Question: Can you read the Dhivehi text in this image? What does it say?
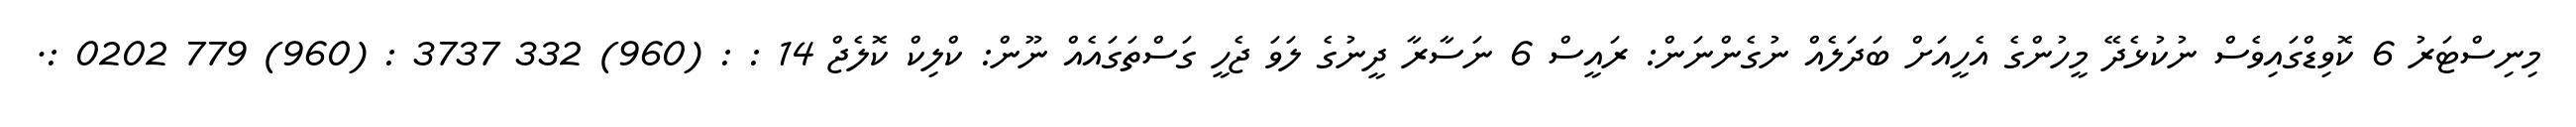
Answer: މިނިސްޓަރު 6 ކޮވިޑްގައިވެސް ނުކުޅެދޭ މީހުންގެ އެހީއަށް ބަދަލެއް ނުގެންނަން: ރައީސް 6 ނަސާރާ ދީނުގެ ލަވަ ޖެހީ ގަސްތަގައެއް ނޫން: ކްލިކް ކޮލެޖް 14 : : (960) 332 3737 : (960) 779 0202 :.